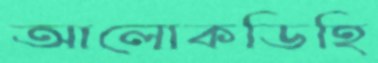
আলোকডিহি